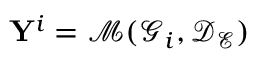
\mathbf { Y } ^ { i } = \mathcal { M } ( \mathcal { G } _ { i } , \mathcal { D } _ { \mathcal { E } } )